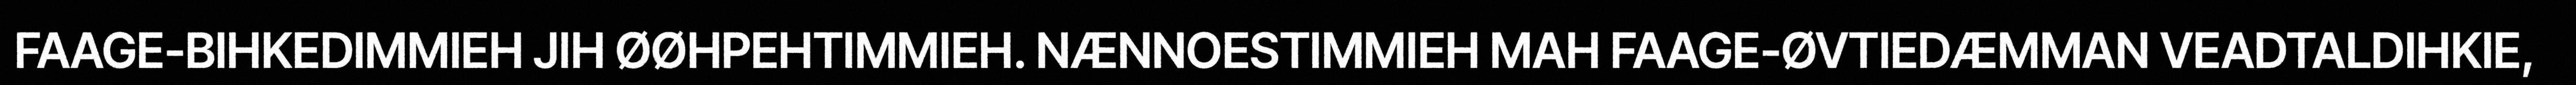
FAAGE-BIHKEDIMMIEH JIH ØØHPEHTIMMIEH. NÆNNOESTIMMIEH MAH FAAGE-ØVTIEDÆMMAN VEADTALDIHKIE,